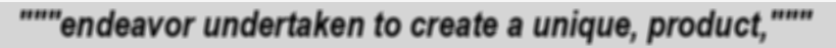
"""endeavor undertaken to create a unique, product,"""